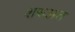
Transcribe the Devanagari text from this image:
शरुअत